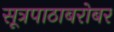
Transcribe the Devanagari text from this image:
सूत्रपाठाबरोबर